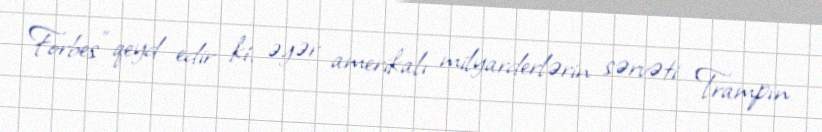
Forbes" qeyd edir ki, əgər amerikalı milyarderlərin sərvəti Trampın